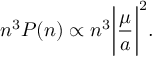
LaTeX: n ^ { 3 } P ( n ) \propto n ^ { 3 } \biggl \vert \frac { \mu } { a } \biggr \vert ^ { 2 } .